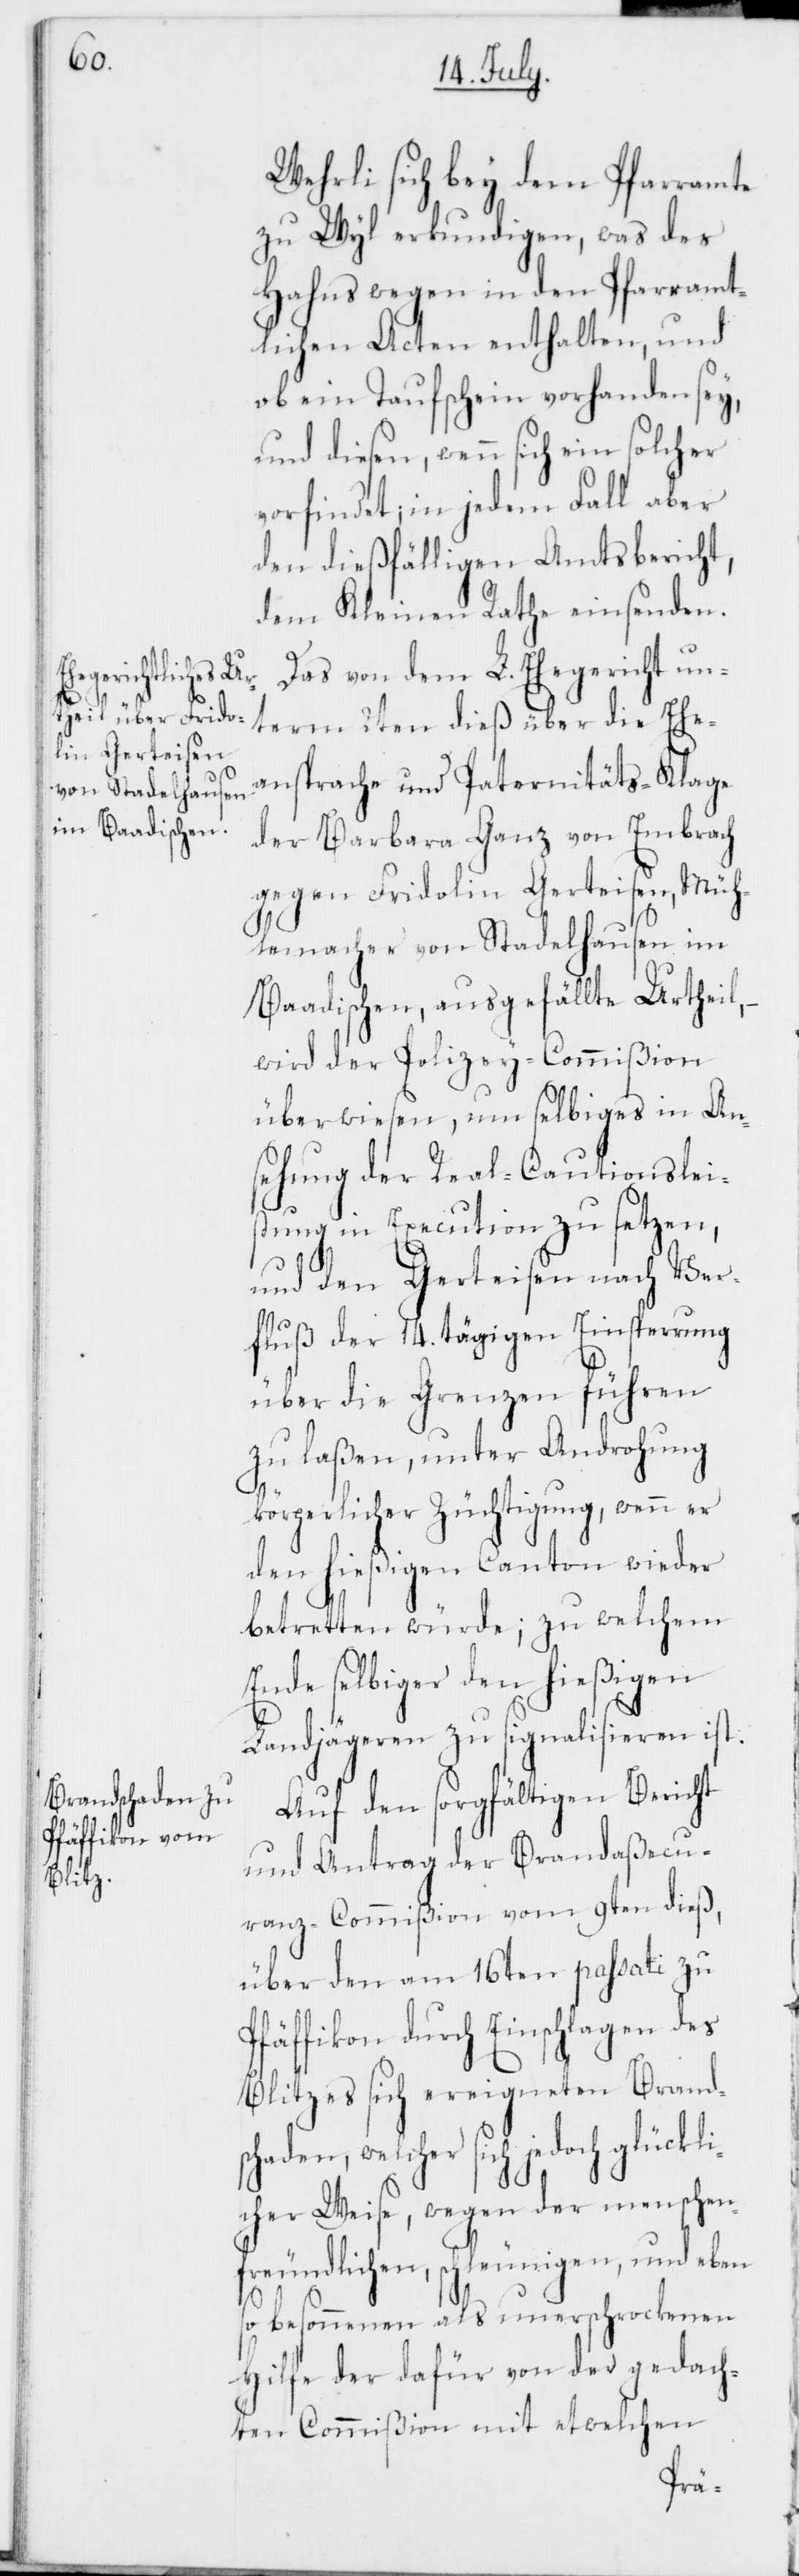
Wehrli sich bey dem Pfarramte
zu Wyl erkundigen, was des
Hahns wegen in den Pfarramt¬
lichen Acten enthalten, und
ob ein Taufschein vorhanden sey,
vorfindet; in jedem Fall aber
den dießfälligen Amtsbericht,
dem Kleinen Rathe einsenden.
Das von dem L. Ehegericht un¬
term 2ten dieß über die Ehe¬
ansprache und Paternitäts-Klage
der Barbara Ganz von Embrach
gegen Fridolin Gerteisen, Müh¬
lemacher von Stadelhausen im
Baadischen, ausgefällte Urtheil,
wird der Polizey-Commißion
überwiesen, um selbiges in An¬
sehung der Real-Cautionslei¬
stung in Execution zu setzen,
und den Gerteisen nach Ver¬
fluß der 14. tägigen Einsperrung
über die Grenzen führen
zu laßen, unter Androhung
bürgerlicher Züchtigung, wenn er
den hießigen Canton wieder
betretten würde; zu welchem
Ende selbiger den hießigen
Landjägeren zu signalisieren ist.
Auf den sorgfältigen Bericht
und Antrag der Brandaßecu¬
ranz-Commißion vom 9ten dieß,
über den am 16ten passati zu
Pfäffikon durch Einschlagen des
Blitzes sich ereigneten Brandsc¬
haden, welcher sich jedoch glückli¬
cher Weise, wegen der menschen¬
freundlichen, schleunigen, und eben
so besonnenen als unerschrockenen
Hilfe der dafür von der gedach¬
ten Commißion mit etwelchen